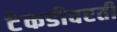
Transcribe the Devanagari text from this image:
टेकडीवरती